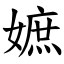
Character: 嫬